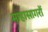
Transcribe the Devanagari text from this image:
माहासागरों